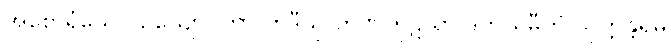
အစောရံယေဝ ဥယျောဂကာလာဒီသု တိဏကုဋိယာ ဒုတိယမ္ပီတိ သုတ္တန္တရမ္ပိ